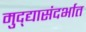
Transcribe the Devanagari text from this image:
मुद्द्यासंदर्भात